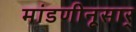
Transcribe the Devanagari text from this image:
मांडणीनूसार्